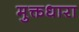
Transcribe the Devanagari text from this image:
मुक्तधारा